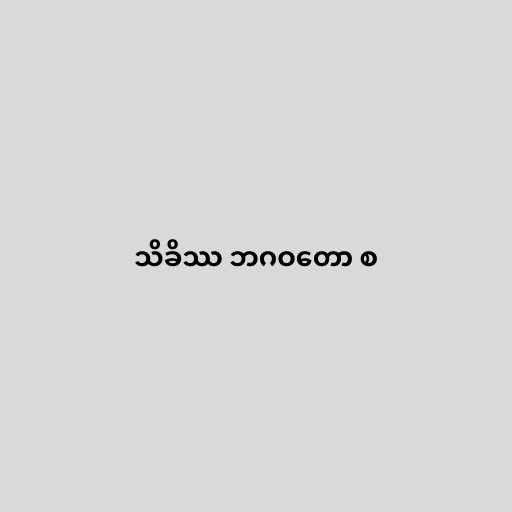
သိခိဿ ဘဂဝတော စ